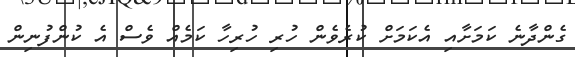
ގެންދާނެ ކަމަށާއި އެކަމަށް ކުރެވެން ހުރި ހުރިހާ ކަމެއް ވެސް އެ ކުންފުނިން